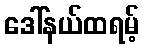
ဒေါ်နယ်ထရမ့်